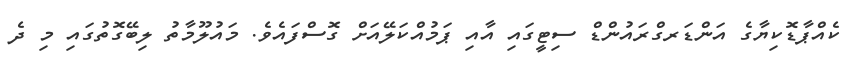
ކެއްޕާޑޮކިޔާގެ އަންޑަރގްރައުންޑް ސިޓީގައި އާއި ޕަމުއްކަލޭއަށް ގޮސްފައެވެ. މައުލޫމާތު ލިބޭގޮތުގައި މި ދެ